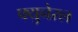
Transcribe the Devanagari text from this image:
फ्युनेरल